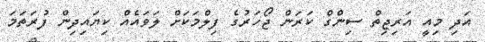
އަދި މިއީ އަރިޖިތް ސިންގް ކަރަން ޖޯހަރުގެ ފިލްމަކަށް ލަވައެއް ކިޔައިދިން ފުރަތަމަ